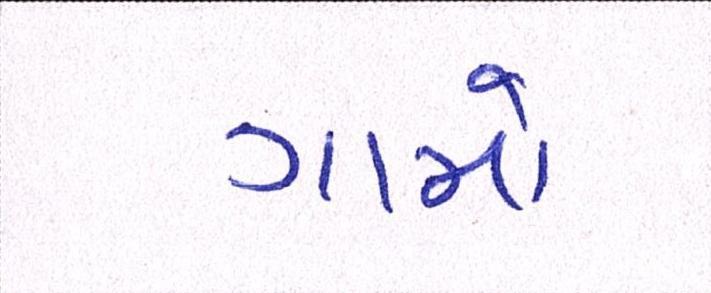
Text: ગામો